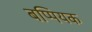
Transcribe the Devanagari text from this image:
बप्पियक